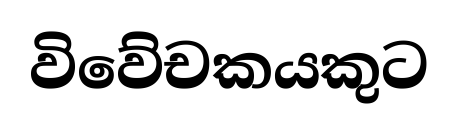
විවේචකයකුට